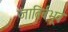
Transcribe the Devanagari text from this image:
जातिर्बभूव